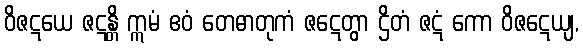
ဝိဇဋယေ ဇဋန္တိ ဣမံ ဧဝံ တေဓာတုကံ ဇဋေတွာ ဌိတံ ဇဋံ ကော ဝိဇဋေယျ,